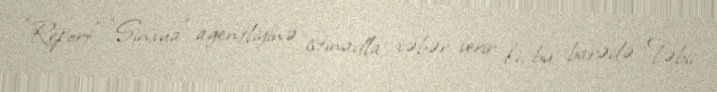
“Report” “Sinxua” agentliyinə istinadla xəbər verir ki, bu barədə Təbii